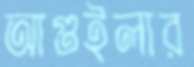
আগুইলার